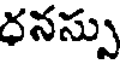
ధనస్సు